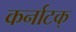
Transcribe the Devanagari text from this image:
कर्नाटक्